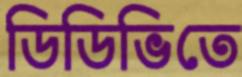
ডিডিভিতে